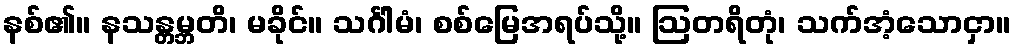
နစ်၏။ နသန္တမ္ဘတိ၊ မခိုင်။ သင်္ဂါမံ၊ စစ်မြေအရပ်သို့။ ဩတရိတုံ၊ သက်အံ့သောငှာ။